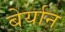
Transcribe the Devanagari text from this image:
बेर्यान